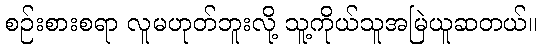
စဉ်းစားစရာ လူမဟုတ်ဘူးလို့ သူ့ကိုယ်သူအမြဲယူဆတယ်။